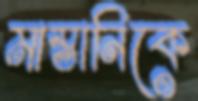
মাস্তানিকে